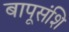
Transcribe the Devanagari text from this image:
बापूसंशि